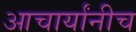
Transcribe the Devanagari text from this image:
आचार्यांनीच